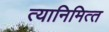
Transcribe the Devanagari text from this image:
त्‍यानिमित्‍त